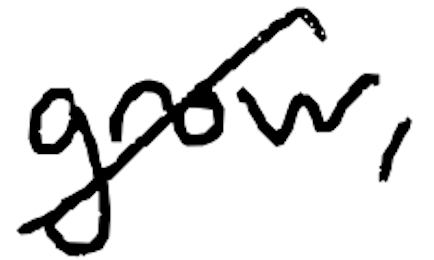
Text: grow,
Cross-out: diagonal
Writing tool: digital_black